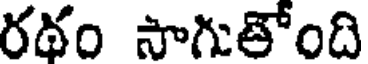
రథం సాగుతోంది